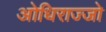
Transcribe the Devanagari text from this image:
ओधिराज्जो